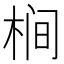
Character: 𱣤